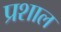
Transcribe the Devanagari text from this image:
प्रशाल